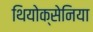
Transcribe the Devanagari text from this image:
थियोक्सेनिया